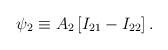
LaTeX: \begin{align*}\psi_2 \equiv A_2 \left[ I_{21} - I_{22} \right].\end{align*}